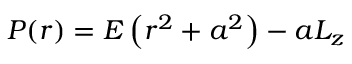
P ( r ) = E \left( r ^ { 2 } + a ^ { 2 } \right) - a L _ { z }